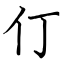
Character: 仃